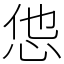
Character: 怹